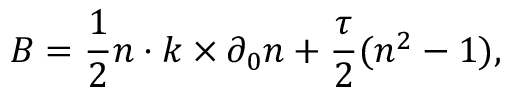
{ \cal B } = { \frac { 1 } { 2 } } n \cdot k \times \partial _ { 0 } n + { \frac { \tau } { 2 } } ( n ^ { 2 } - 1 ) ,